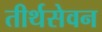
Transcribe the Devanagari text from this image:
तीर्थसेवन